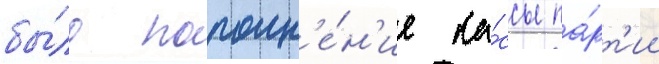
бы́ло пополн'е́н'ие ка́ссы па́рт'ии